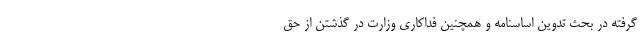
گرفته در بحث تدوین اساسنامه و همچنین فداکاری وزارت در گذشتن از حق